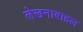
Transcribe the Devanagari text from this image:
लेखनाबाद्दल